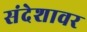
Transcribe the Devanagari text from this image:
संदेशावर